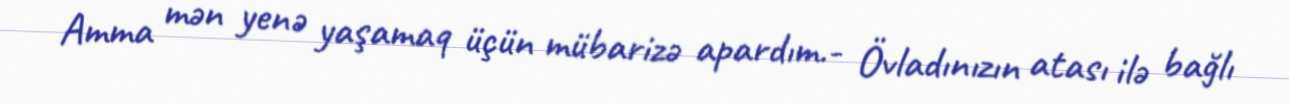
Amma mən yenə yaşamaq üçün mübarizə apardım.- Övladınızın atası ilə bağlı